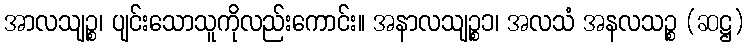
အာလသျဉ္စ၊ ပျင်းသောသူကိုလည်းကောင်း။ အနာလသျဉ္စ၁၊ အလသံ အနလသဉ္စ (ဆဋ္ဌ)